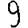
Digit: 9